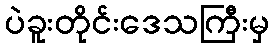
ပဲခူးတိုင်းဒေသကြီးမှ